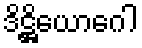
ဒိဋ္ဌိယောဂေါ